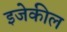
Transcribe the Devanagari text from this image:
इजेकील